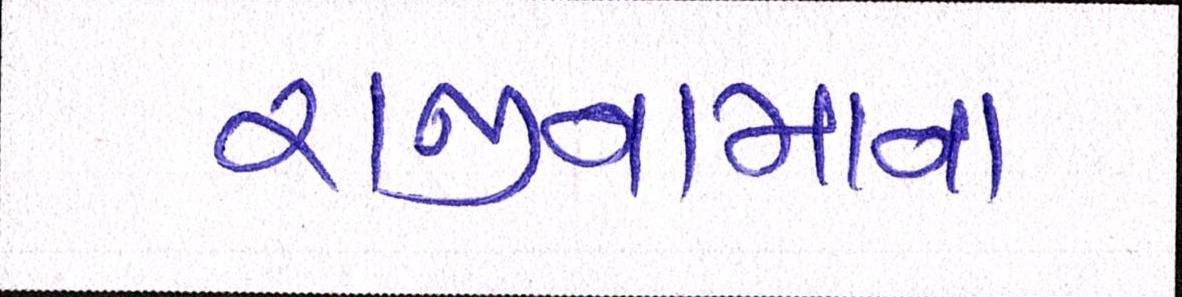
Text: રાજીનામાના